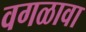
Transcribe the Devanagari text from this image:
वगळावा